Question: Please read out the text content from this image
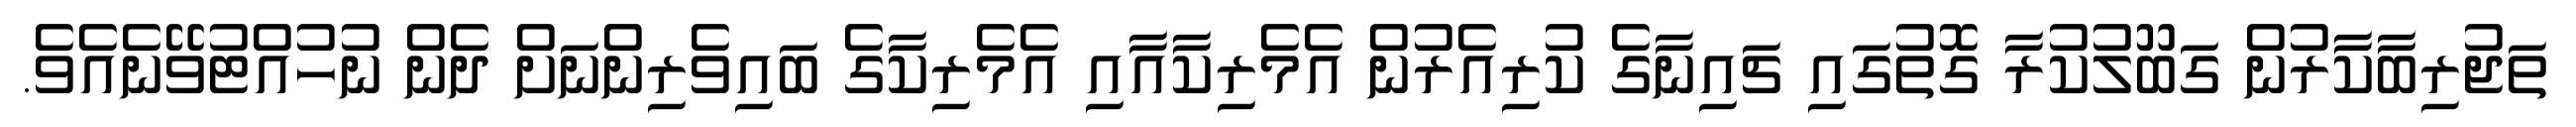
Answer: ތަޖުރިބާކާރުން ގަބޫލުކުރާ ގޮތުގައި ޗައިނާގެ ކުރިއެރުން އެމެރިކާއާއި އެމެރިކާގެ ބައިވެރިންނަށް ދެން ނުހުއްޓުވޭނެއެވެ.